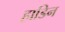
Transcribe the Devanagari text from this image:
हाडिन